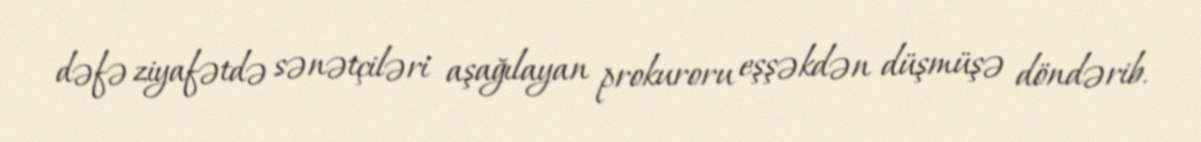
dəfə ziyafətdə sənətçiləri aşağılayan prokuroru eşşəkdən düşmüşə döndərib.